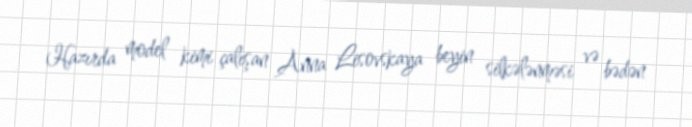
Hazırda model kimi çalışan Anna Lisovskaya beyin silkələnməsi və bədən